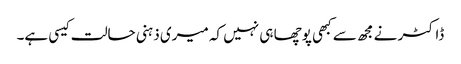
ڈاکٹر نے مجھ سے کبھی پوچھا ہی نہیں کہ میری ذہنی حالت کیسی ہے۔